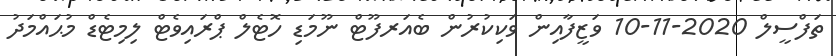
ތަފްސީލް 2020-11-10 ވަޒީފާއިން ވަކިކުރުން ބެއަރފޫޓް ނޫމަޑި ހޮޓެލް ޕްރައިވެޓް ލިމިޓެޑް މުޙައްމަދު